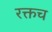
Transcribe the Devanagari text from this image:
रक्तच